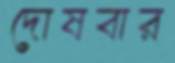
দোষবার